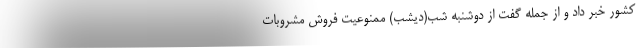
کشور خبر داد و از جمله گفت از دوشنبه شب(دیشب) ممنوعیت فروش مشروبات